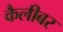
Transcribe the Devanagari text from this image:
कैलीबर